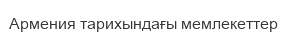
Армения тарихындағы мемлекеттер